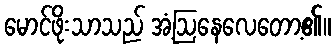
မောင်ဖိုးသာသည် အံ့ဩနေလေတော့၏။